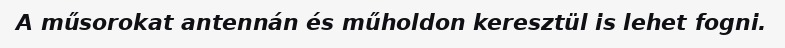
A műsorokat antennán és műholdon keresztül is lehet fogni.